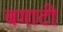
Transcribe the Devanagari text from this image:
बगाटी